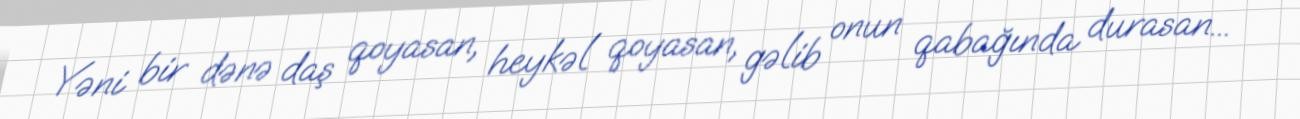
Yəni bir dənə daş qoyasan, heykəl qoyasan, gəlib onun qabağında durasan...